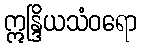
ဣန္ဒြိယသံဝရော